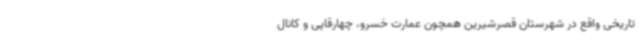
تاریخی واقع در شهرستان قصرشیرین همچون عمارت خسرو، چهارقاپی و کانال